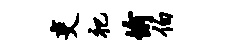
吏祀愉伯